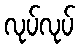
လုပ်လုပ်